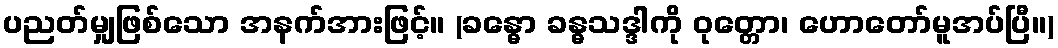
ပညတ်မျှဖြစ်သော အနက်အားဖြင့်။ (ခန္ဓော ခန္ဓသဒ္ဒါကို ဝုတ္တော၊ ဟောတော်မူအပ်ပြီ။)